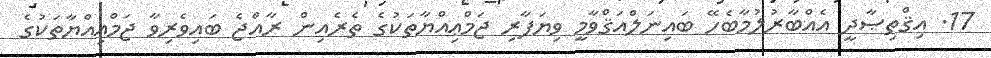
17. އިޤްތިޞާދީ އެއްބާރުލުމާބެހޭ ބައިނަލްއަޤްވާމީ ވިޔަފާރި ޖަމްޢިއްޔާތަކުގެ ތެރެއިން ރާއްޖެ ބައިވެރިވާ ޖަމްޢިއްޔާތަކުގެ